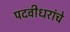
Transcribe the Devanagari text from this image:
पदवीधरांचे